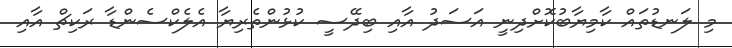
މި ލަނޑުތައް ކާމިޔާބުކޮށްދިނީ އަސަދު އާއި ބިދޭސީ ކުޅުންތެރިޔާ އެލެކްސެންޑާ ރަކިޗް އާއި